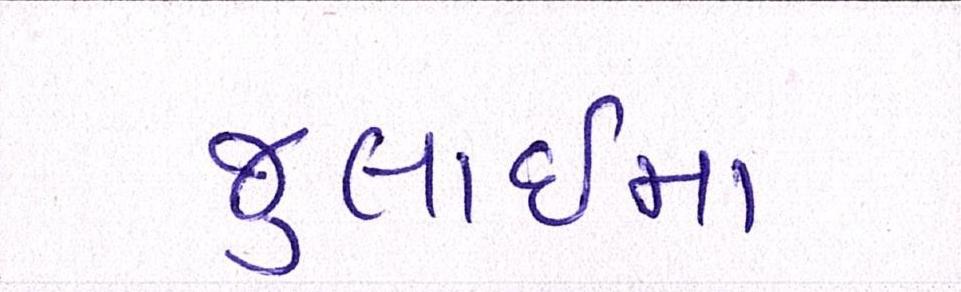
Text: જુલાઇમાં